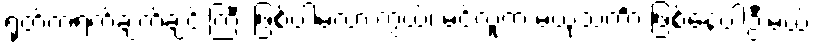
ရုတ်တရက်ချက်ချင်းကြီး ဖြစ်ပါ့မလားကွယ်၊ မင့်လူက မယုံသင်္ကာ ဖြစ်နေပါဦးမယ်